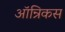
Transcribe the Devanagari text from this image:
ऑन्रिकस